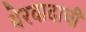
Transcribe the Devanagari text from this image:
थेरवादाची